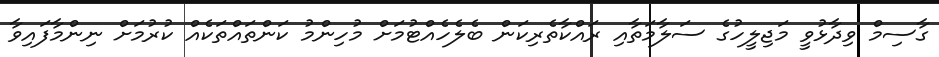
ގާސިމް ވިދާޅުވީ މަޖިލީހުގެ ސަލާމަތާއި ރައްކާތެރިކަން ބެލެހެއްޓުމަށް މުހިންމު ކަންތައްތަކެއް ކުރުމަށް ނިންމާފައިވާ